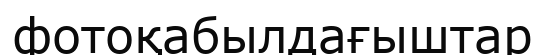
фотоқабылдағыштар